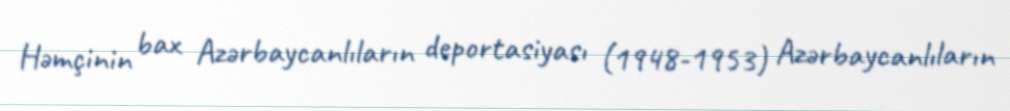
Həmçinin bax Azərbaycanlıların deportasiyası (1948-1953) Azərbaycanlıların